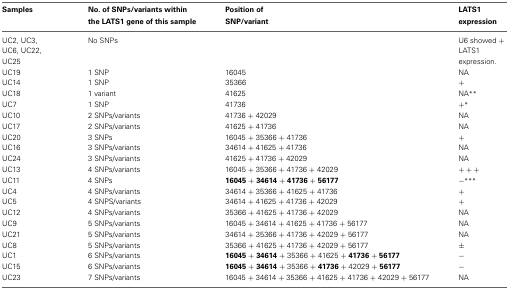
| Samples | No. of SNPs/variants within the LATS1 gene of this sample | Position of SNP/variant | LATS1 expression |
 | --- | --- | --- | --- |
 | UC2, UC3, UC6, UC22, UC25 | No SNPs |  | U6 showed + LATS1 expression. |
 | UC19 | 1 SNP | 16045 | NA |
 | UC14 | 1 SNP | 35366 | + |
 | UC18 | 1 variant | 41625 | NA** |
 | UC7 | 1 SNP | 41736 | +* |
 | UC10 | 2 SNPs/variants | 41736 + 42029 | NA |
 | UC17 | 2 SNPs/variants | 41625 + 41736 | NA |
 | UC20 | 3 SNPs | 16045 + 35366 + 41736 | + |
 | UC16 | 3 SNPs/variants | 34614 + 41625 + 41736 | NA |
 | UC24 | 3 SNPs/variants | 41625 + 41736 + 42029 | NA |
 | UC13 | 4 SNPs/variants | 16045 + 35366 + 41736 + 42029 | +++ |
 | UC11 | 4 SNPs | 16045 + 34614 + 41736 + 56177 | −*** |
 | UC4 | 4 SNPs/variants | 34614 + 35366 + 41625 + 41736 | + |
 | UC5 | 4 SNPS/variants | 34614 + 41625 + 41736 + 42029 | + |
 | UC12 | 4 SNPs/variants | 35366 + 41625 + 41736 + 42029 | NA |
 | UC9 | 5 SNPs/variants | 16045 + 34614 + 41625 + 41736 + 56177 | NA |
 | UC21 | 5 SNPs/variants | 34614 + 35366 + 41736 + 42029 + 56177 | NA |
 | UC8 | 5 SNPs/variants | 35366 + 41625 + 41736 + 42029 + 56177 | ± |
 | UC1 | 6 SNPs/variants | 16045 + 34614 + 35366 + 41625 + 41736 + 56177 | − |
 | UC15 | 6 SNPs/variants | 16045 + 34614 + 35366 + 41736 + 42029 + 56177 | − |
 | UC23 | 7 SNPs/variants | 16045 + 34614 + 35366 + 41625 + 41736 + 42029 + 56177 | NA |